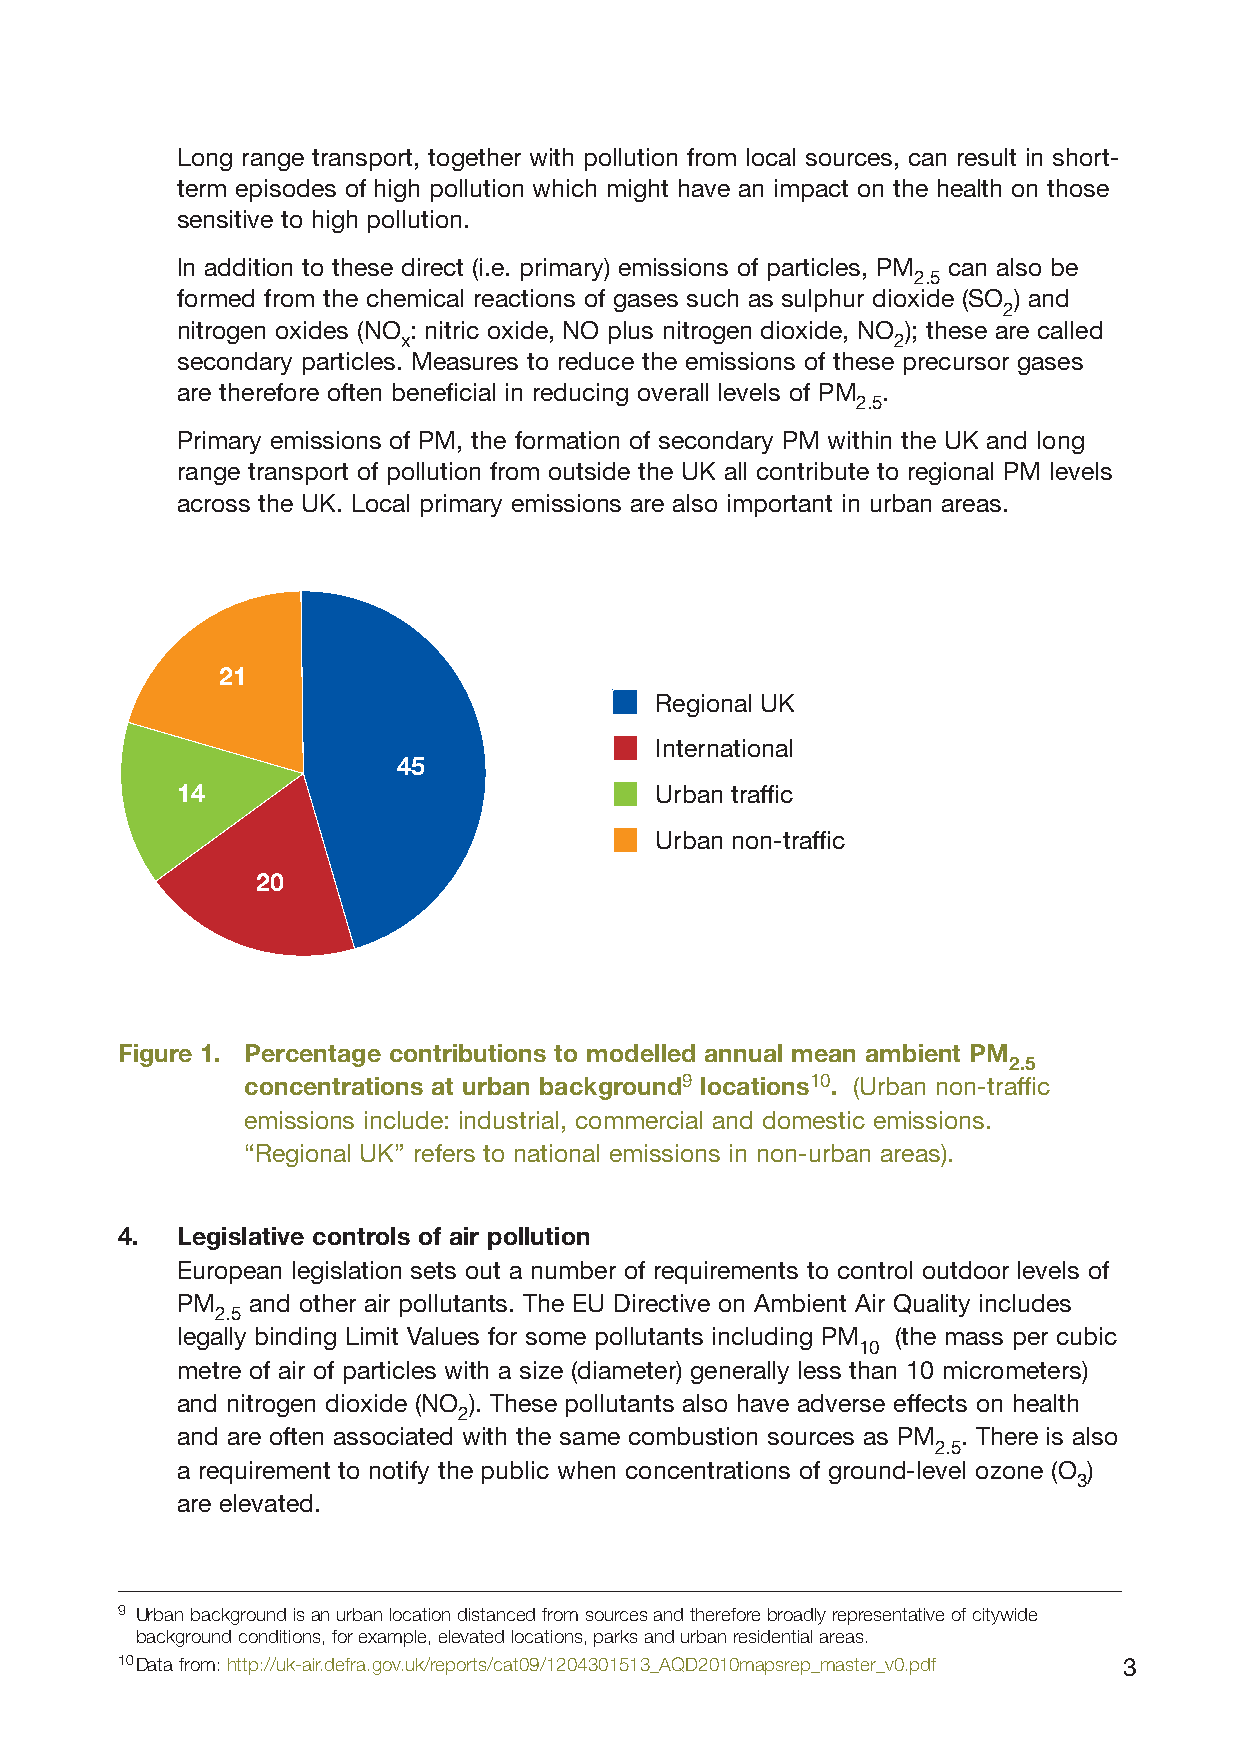
Long range transport, together with pollution from local sources, can result in short-
 term episodes of high pollution which might have an impact on the health on those
 sensitive to high pollution.
 In addition to these direct (i.e. primary) emissions of particles, PM can also be
 2.5
 formed from the chemical reactions of gases such as sulphur dioxide (SO ) and
 2
 nitrogen oxides (NO : nitric oxide, NO plus nitrogen dioxide, NO ); these are called
 x                               2
 secondary particles. Measures to reduce the emissions of these precursor gases
 are therefore often beneficial in reducing overall levels of PM .
 2.5
 Primary emissions of PM, the formation of secondary PM within the UK and long
 range transport of pollution from outside the UK all contribute to regional PM levels
 across the UK. Local primary emissions are also important in urban areas.
 21
 Regional UK
 International
 45
 14                             Urban traffic
 Urban non-traffic
 20
 Figure 1. Percentage contributions to modelled annual mean ambient PM
 2.5
 concentrations at urban background9 locations10. (Urban non-traffic
 emissions include: industrial, commercial and domestic emissions.
 “Regional UK” refers to national emissions in non-urban areas).
 4.  Legislative controls of air pollution
 European legislation sets out a number of requirements to control outdoor levels of
 PM  and other air pollutants. The EU Directive on Ambient Air Quality includes
 2.5
 legally binding Limit Values for some pollutants including PM (the mass per cubic
 10
 metre of air of particles with a size (diameter) generally less than 10 micrometers)
 and nitrogen dioxide (NO ). These pollutants also have adverse effects on health
 2
 and are often associated with the same combustion sources as PM . There is also
 2.5
 a requirement to notify the public when concentrations of ground-level ozone (O )
 3
 are elevated.
 9 Urban background is an urban location distanced from sources and therefore broadly representative of citywide
 background conditions, for example, elevated locations, parks and urban residential areas.
 10Data from: http://uk-air.defra.gov.uk/reports/cat09/1204301513_AQD2010mapsrep_master_v0.pdf 3